Civil Veterinary Department Bengal reports 1933-51 - 1933-1951
Year: 1933
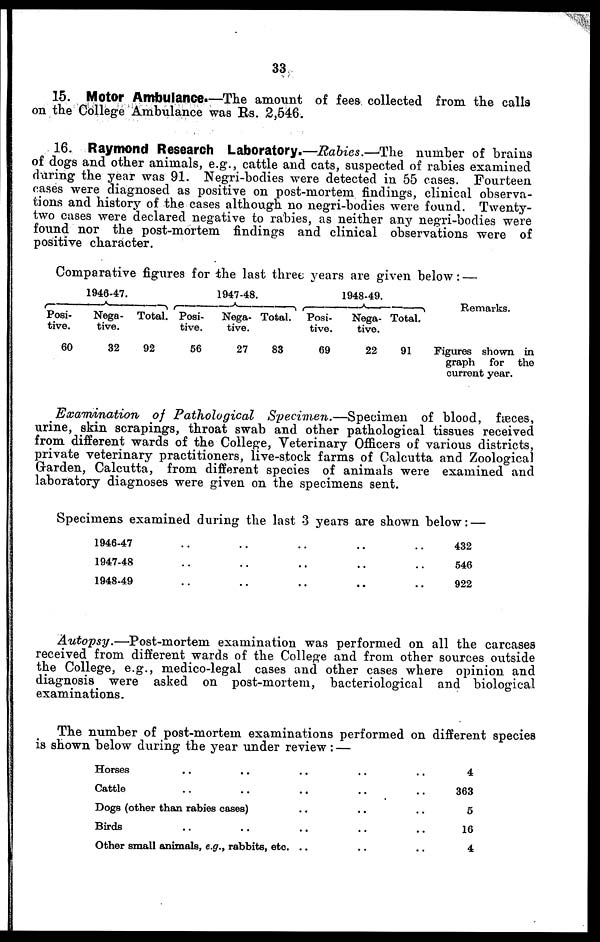
33
15. Motor Ambulance.—The amount of fees collected from the calls
on the College Ambulance was Rs. 2,546.
16. Raymond Research Laboratory.—Rabies.—The number of brains
of dogs and other animals, e.g., cattle and cats, suspected of rabies examined
during the year was 91. Negri-bodies were detected in 55 cases. Fourteen
cases were diagnosed as positive on post-mortem findings, clinical observa-
tions and history of the cases although no negri-bodies were found. Twenty-
two cases were declared negative to rabies, as neither any negri-bodies were
found nor the post-mortem findings and clinical observations were of
positive character.
Comparative figures for the last three years are given below : —
1946-47.
Posi-
tive.
60
Nega-
tive.
32
Total.
92
1947-48.
Posi-
tive.
56
Nega-
tive.
27
Total.
83
1948-49.
Posi-
tive.
69
Nega-
tive.
22
Total.
91
Remarks.
Figures shown in
graph for
the
current year.
Examination of Pathological Specimen.—Specimen of blood, fæces,
urine, skin scrapings, throat swab and other pathological tissues received
from different wards of the College, Veterinary Officers of various districts,
private veterinary practitioners, live-stock farms of Calcutta and Zoological
Garden, Calcutta, from different species of animals were examined and
laboratory diagnoses were given on the specimens sent.
Specimens examined during the last 3 years are shown below : —
1946-47 .. .. .. .. ..
1947-48 .. .. .. .. ..
1948-49 .. .. .. .. ..
432
546
922
Autopsy.—Post-mortem examination was performed on all the carcases
received from different wards of the College and from other sources outside
the College, e.g., medico-legal cases and other cases where opinion and
diagnosis were asked on post-mortem, bacteriological and biological
examinations.
The number of post-mortem examinations performed on different species
is shown below during the year under review : —
Horses .. .. .. .. ..
Cattle .. .. .. .. ..
Dogs (other than rabies cases) .. .. ..
Birds .. .. .. .. ..
Other small animals, e.g., rabbits, etc. .. .. ..
4
363
5
16
4